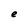
Character: e